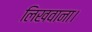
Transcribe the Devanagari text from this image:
लिखवाना।